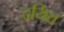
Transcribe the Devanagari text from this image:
दयित